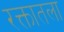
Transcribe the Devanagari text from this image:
रक्तातला